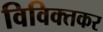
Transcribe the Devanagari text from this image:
विविक्तकर